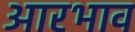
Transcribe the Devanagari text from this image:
आरभाव